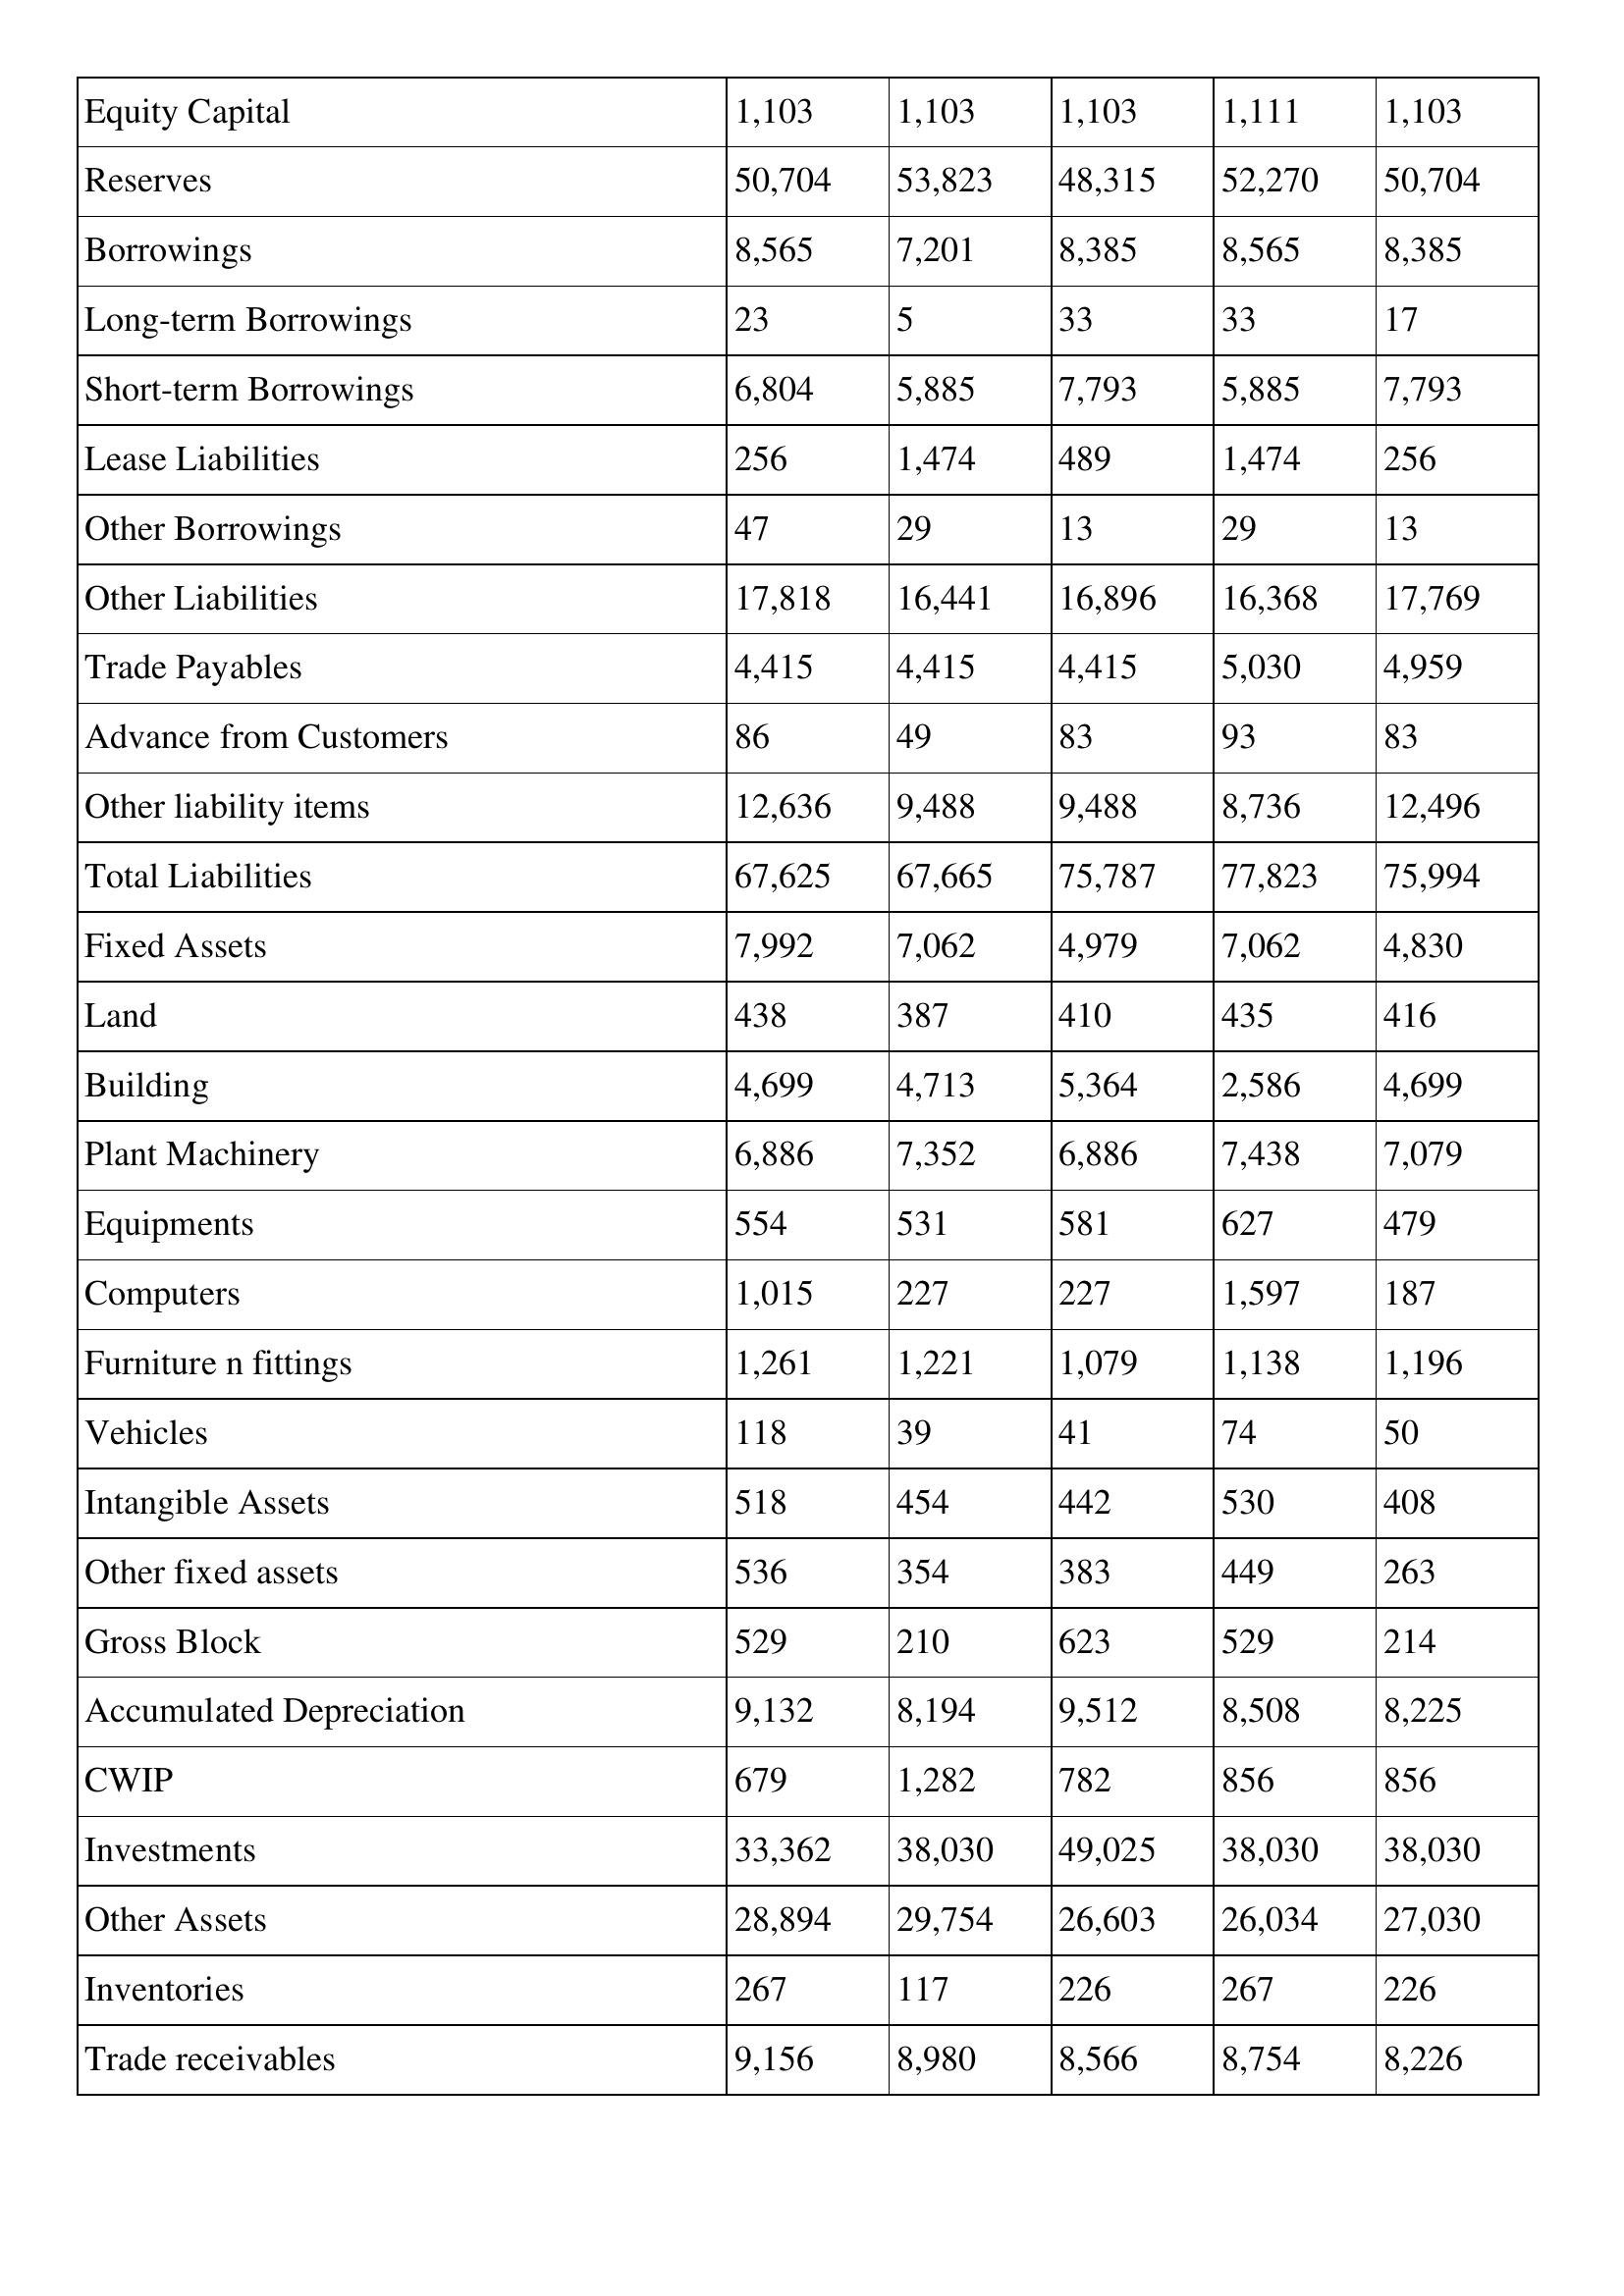
gt_parse: Mar-96: Balance Sheet: Equity Capital: 1,103
Reserves: 50,704
Borrowings: 8,565
Long-term Borrowings: 23
Short-term Borrowings: 6,804
Lease Liabilities: 256
Other Borrowings: 47
Other Liabilities: 17,818
Trade Payables: 4,415
Advance from Customers: 86
Other liability items: 12,636
Total Liabilities: 67,625
Fixed Assets: 7,992
Land: 438
Building: 4,699
Plant Machinery: 6,886
Equipments: 554
Computers: 1,015
Furniture n fittings: 1,261
Vehicles: 118
Intangible Assets: 518
Other fixed assets: 536
Gross Block: 529
Accumulated Depreciation: 9,132
CWIP: 679
Investments: 33,362
Other Assets: 28,894
Inventories: 267
Trade receivables: 9,156
Mar-95: Balance Sheet: Equity Capital: 1,103
Reserves: 53,823
Borrowings: 7,201
Long-term Borrowings: 5
Short-term Borrowings: 5,885
Lease Liabilities: 1,474
Other Borrowings: 29
Other Liabilities: 16,441
Trade Payables: 4,415
Advance from Customers: 49
Other liability items: 9,488
Total Liabilities: 67,665
Fixed Assets: 7,062
Land: 387
Building: 4,713
Plant Machinery: 7,352
Equipments: 531
Computers: 227
Furniture n fittings: 1,221
Vehicles: 39
Intangible Assets: 454
Other fixed assets: 354
Gross Block: 210
Accumulated Depreciation: 8,194
CWIP: 1,282
Investments: 38,030
Other Assets: 29,754
Inventories: 117
Trade receivables: 8,980
Mar-94: Balance Sheet: Equity Capital: 1,103
Reserves: 48,315
Borrowings: 8,385
Long-term Borrowings: 33
Short-term Borrowings: 7,793
Lease Liabilities: 489
Other Borrowings: 13
Other Liabilities: 16,896
Trade Payables: 4,415
Advance from Customers: 83
Other liability items: 9,488
Total Liabilities: 75,787
Fixed Assets: 4,979
Land: 410
Building: 5,364
Plant Machinery: 6,886
Equipments: 581
Computers: 227
Furniture n fittings: 1,079
Vehicles: 41
Intangible Assets: 442
Other fixed assets: 383
Gross Block: 623
Accumulated Depreciation: 9,512
CWIP: 782
Investments: 49,025
Other Assets: 26,603
Inventories: 226
Trade receivables: 8,566
Mar-93: Balance Sheet: Equity Capital: 1,111
Reserves: 52,270
Borrowings: 8,565
Long-term Borrowings: 33
Short-term Borrowings: 5,885
Lease Liabilities: 1,474
Other Borrowings: 29
Other Liabilities: 16,368
Trade Payables: 5,030
Advance from Customers: 93
Other liability items: 8,736
Total Liabilities: 77,823
Fixed Assets: 7,062
Land: 435
Building: 2,586
Plant Machinery: 7,438
Equipments: 627
Computers: 1,597
Furniture n fittings: 1,138
Vehicles: 74
Intangible Assets: 530
Other fixed assets: 449
Gross Block: 529
Accumulated Depreciation: 8,508
CWIP: 856
Investments: 38,030
Other Assets: 26,034
Inventories: 267
Trade receivables: 8,754
Mar-92: Balance Sheet: Equity Capital: 1,103
Reserves: 50,704
Borrowings: 8,385
Long-term Borrowings: 17
Short-term Borrowings: 7,793
Lease Liabilities: 256
Other Borrowings: 13
Other Liabilities: 17,769
Trade Payables: 4,959
Advance from Customers: 83
Other liability items: 12,496
Total Liabilities: 75,994
Fixed Assets: 4,830
Land: 416
Building: 4,699
Plant Machinery: 7,079
Equipments: 479
Computers: 187
Furniture n fittings: 1,196
Vehicles: 50
Intangible Assets: 408
Other fixed assets: 263
Gross Block: 214
Accumulated Depreciation: 8,225
CWIP: 856
Investments: 38,030
Other Assets: 27,030
Inventories: 226
Trade receivables: 8,226